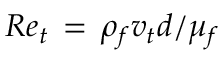
R e _ { t } \, = \, \rho _ { f } v _ { t } d / \mu _ { f }